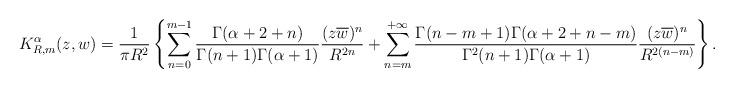
LaTeX: \begin{align*}K^{\alpha}_{R,m}(z,w) = \frac{1}{\pi R^{2}}\left\{\sum\limits_{n=0}^{m-1}\frac{\Gamma(\alpha+2+n)}{\Gamma(n+1)\Gamma(\alpha+1)}\frac{(z\overline{w})^{n}}{R^{2n}} + \sum\limits_{n=m}^{+\infty} \frac{\Gamma(n-m+1)\Gamma(\alpha+2+n-m)}{\Gamma^{2}(n+1)\Gamma(\alpha+1)} \frac{(z\overline{w})^{n} }{R^{2(n-m)}}\right\} . \end{align*}